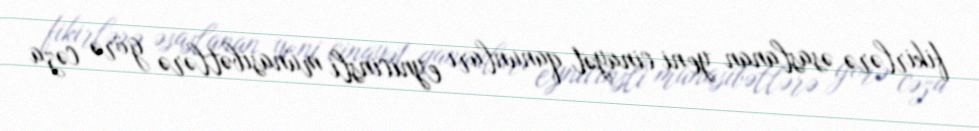
fikirlərə əsaslanan yeni cinayət qanunları eynicinsli münasibətlərə görə cəza